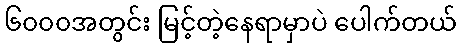
၆၀၀၀အတွင်း မြင့်တဲ့နေရာမှာပဲ ပေါက်တယ်